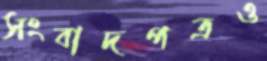
সংবাদপত্রও